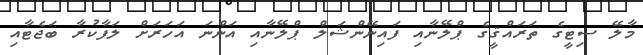
މާލޭ ސިޓީގެ ތަރައްޤީގެ ޕްލޭނާއި ފައިނޭންޝަލް ޕްލޭނާއި އަންނަ އަހަރަށް ލަފާކުރާ ބަޖެޓާއި